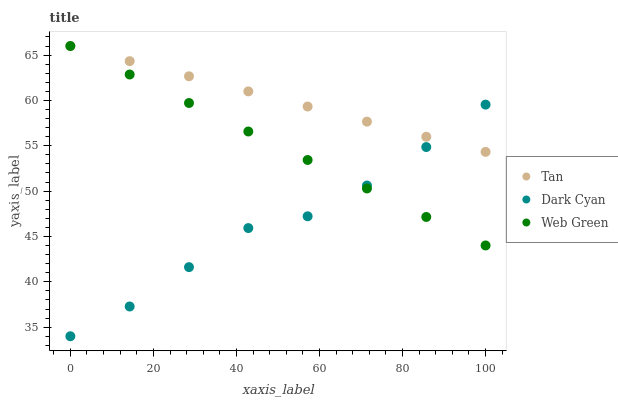
| xaxis_label | Tan | Dark Cyan | Web Green |
 | --- | --- | --- | --- |
 | 0 | 66 | 34 | 66 |
 | 14.3 | 64.3 | 37.3 | 62.9 |
 | 28.6 | 62.7 | 41.6 | 59.7 |
 | 42.9 | 61 | 45.9 | 56.6 |
 | 57.1 | 59.3 | 47.2 | 53.4 |
 | 71.4 | 57.7 | 50.6 | 50.3 |
 | 85.7 | 56 | 54.9 | 47.2 |
 | 100 | 54.3 | 59.5 | 44 |